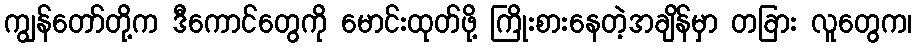
ကျွန်တော်တို့က ဒီကောင်တွေကို မောင်းထုတ်ဖို့ ကြိုးစားနေတဲ့အချိန်မှာ တခြား လူတွေက၊